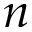
n